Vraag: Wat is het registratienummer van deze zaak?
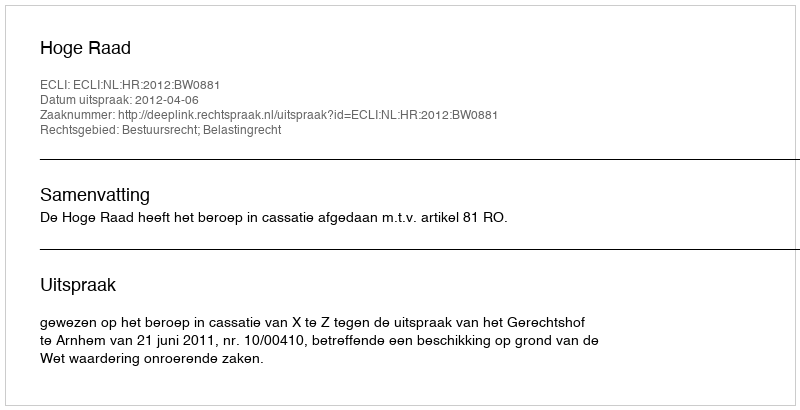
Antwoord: http://deeplink.rechtspraak.nl/uitspraak?id=ECLI:NL:HR:2012:BW0881